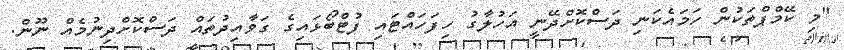
"މި ކޭމްޕްތަކުން ހަމައެކަނި ދަސްކޮށްދޭނީ އަހުލާގު ހިފަހައްޓައި ފުޓްބޯޅައިގެ ގަވާއިދުތައް ދަސްކޮށްދިނުމެއް ނޫން.